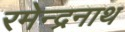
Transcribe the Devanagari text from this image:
रमेन्द्रनाथ